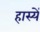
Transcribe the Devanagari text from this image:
हास्यें